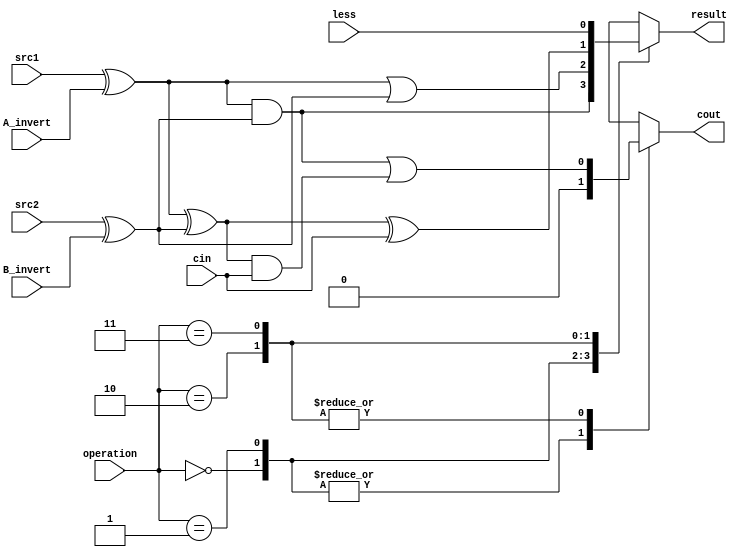
`timescale 1ns/1ps
// 110550108
module alu_top(
    /* input */
    src1,       //1 bit, source 1 (A)
    src2,       //1 bit, source 2 (B)
    less,       //1 bit, less
    A_invert,   //1 bit, A_invert
    B_invert,   //1 bit, B_invert
    cin,        //1 bit, carry in
    operation,  //2 bit, operation
    /* output */
    result,     //1 bit, result
    cout        //1 bit, carry out
);

/*==================================================================*/
/*                          input & output                          */
/*==================================================================*/

input src1;
input src2;
input less;
input A_invert;
input B_invert;
input cin;
input [1:0] operation;

output result;
output cout;

/*==================================================================*/
/*                            reg & wire                            */
/*==================================================================*/

reg result, cout;

// handle inverter
wire A, B;
assign A = src1 ^ A_invert;
assign B = src2 ^ B_invert;
/*==================================================================*/
/*                              design                              */
/*==================================================================*/

always@(*) 
begin
    case(operation)
        2'b00: begin
            // AND 
            result = A & B;
            cout = 0;
        end
        2'b01: begin
            // OR 
            result = A | B;
            cout = 0;
        end
        2'b10: begin
            // Adder
            result = A ^ B ^ cin;
            cout = A & B | (A^B) & cin;
        end
        2'b11: begin
            // Set less than
            result = less;
            cout = A & B | (A^B) & cin;
        end
    endcase
end

endmodule